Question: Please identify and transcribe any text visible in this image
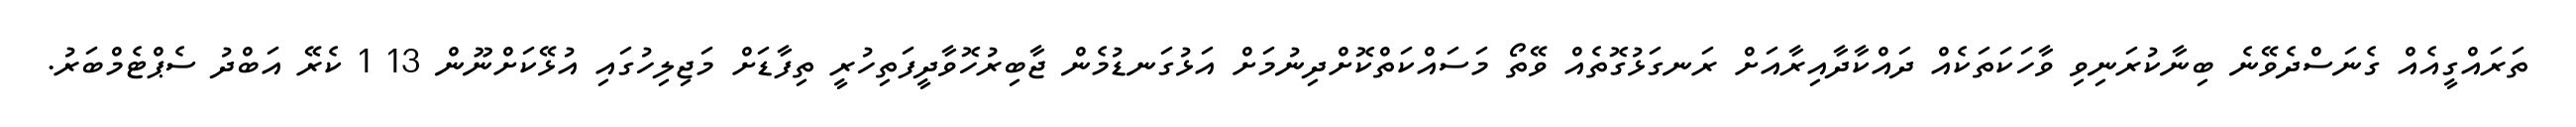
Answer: ތަރައްގީއެއް ގެނަސްދެވޭނެ ބިނާކުރަނިވި ވާހަކަތަކެއް ދައްކާދާއިރާއަށް ރަނގަޅުގޮތެއް ވޭތޯ މަސައްކަތްކޮށްދިނުމަށް އަޅުގަނޑުމެން ޖާބިރުހޮވާދީފަތިހުރީ ތިފާޑަށް މަޖިލިހުގައި އުޅޭކަށްނޫން 13 1 ކެރޭ އަބްދު ސެޕްޓެމްބަރު.